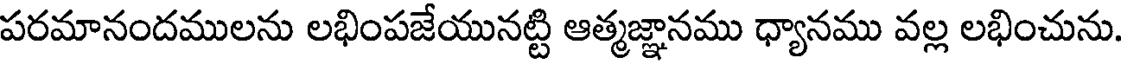
పరమానందములను లభింపజేయునట్టి ఆత్మజ్ఞానము ధ్యానము వల్ల లభించును